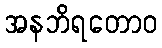
အနဘိရတောဝ